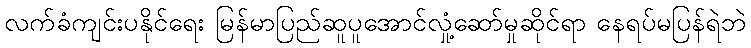
လက်ခံကျင်းပနိုင်ရေး မြန်မာပြည်ဆူပူအောင်လှုံ့ဆော်မှုဆိုင်ရာ နေရပ်မပြန်ရဲဘဲ